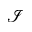
\mathcal { I }